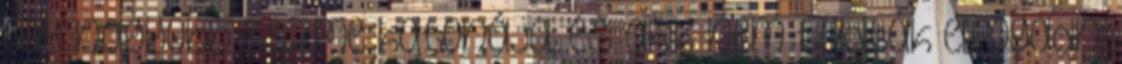
egy nagyobb eszme katonája, és akik nem tudták elfogadni